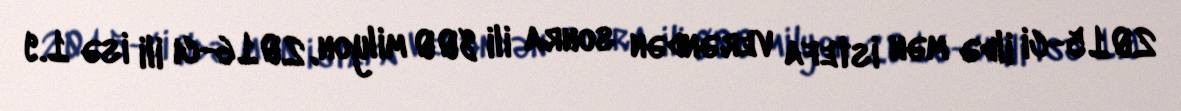
2015-ci ildə mən istefa verəndən sonra ili 800 milyon, 2016-cı ili isə 1.9